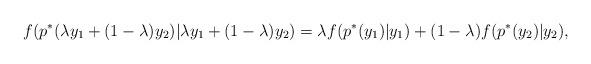
LaTeX: \begin{align*}f(p^*(\lambda y_1+(1-\lambda)y_2)|\lambda y_1+(1-\lambda)y_2)=\lambda f(p^*(y_1)|y_1)+(1-\lambda)f(p^*(y_2)|y_2),\end{align*}